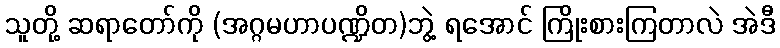
သူတို့ ဆရာတော်ကို (အဂ္ဂမဟာပဏ္ဍိတ)ဘွဲ့ ရအောင် ကြိုးစားကြတာလဲ အဲဒီ